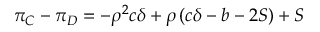
\pi _ { C } - \pi _ { D } = - \rho ^ { 2 } c \delta + \rho \left( c \delta - b - 2 S \right) + S